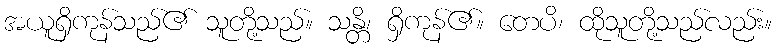
အယူရှိကုန်သည်၏ သူတို့သည်။ သန္တိ၊ ရှိကုန်၏။ တေပိ၊ ထိုသူတို့သည်လည်း။